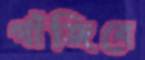
গাঁজিবে